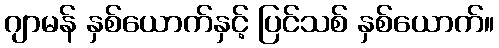
ဂျာမန် နှစ်ယောက်နှင့် ပြင်သစ် နှစ်ယောက်။